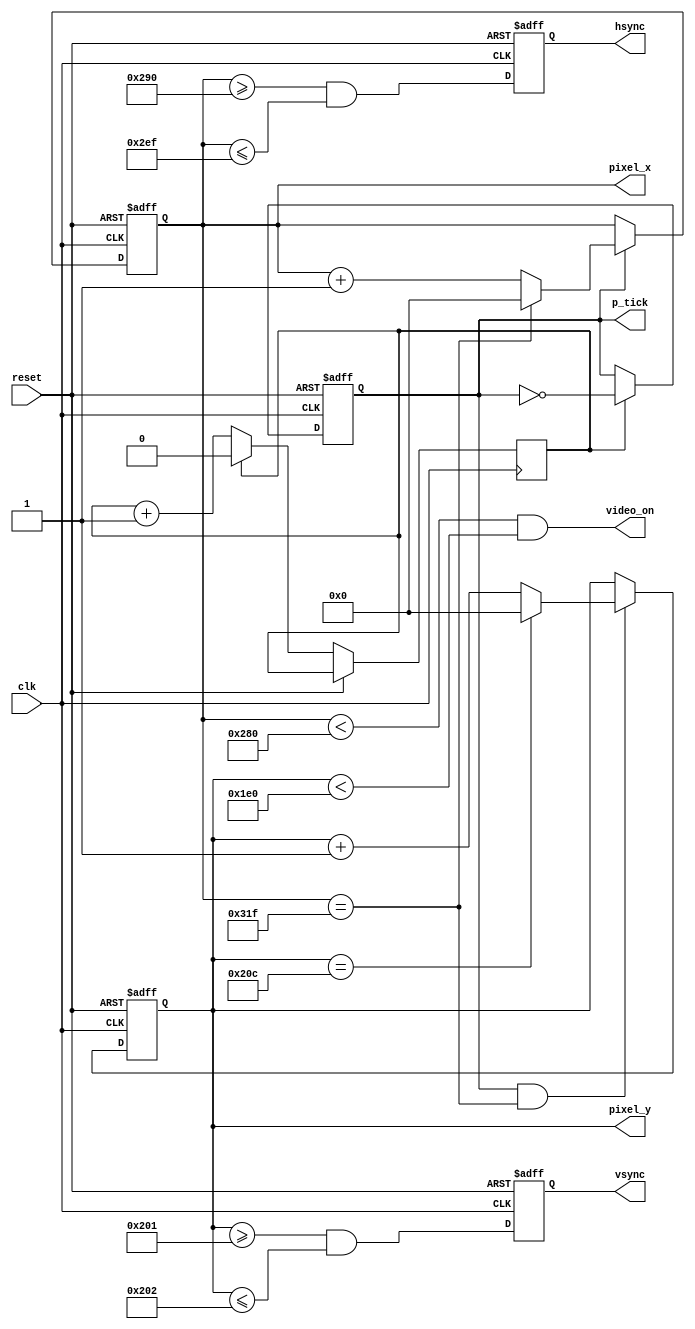
`timescale 1ns / 1ps
//////////////////////////////////////////////////////////////////////////////////
// Company: 
// Engineer: 
// 
// Design Name: 
// Module Name: vga_sync
// Project Name: 
// Target Devices: 
// Tool Versions: 
// Description: 
// 
// Dependencies: 
// 
// Revision:
// Revision 0.01 - File Created
// Additional Comments:
// 
//////////////////////////////////////////////////////////////////////////////////


module vga_sync(
    input wire clk, reset, 
    output wire hsync, vsync, video_on, p_tick, 
    output wire [9:0] pixel_x, pixel_y // muestran la posicin actual de los pixeles
   );
   // hsync es el tiempo necesario para todos los pixeles de una linea horizontal
   // vsync es el tiempo necesario para generar todas las lneas de una pantalla Entera

   // constant declaration
   // VGA 640-by-480 sync parameters
   localparam HD = 640; // horizontal display area
   localparam HF = 48 ; // h. front (left) border
   localparam HB = 16 ; // h. back (right) border
   localparam HR = 96 ; // h. retrace
   localparam VD = 480; // vertical display area
   localparam VF = 10;  // v. front (top) border
   localparam VB = 33;  // v. back (bottom) border
   localparam VR = 2;   // v. retrace

   // sync counters
   reg [9:0] h_count_reg, h_count_next; // registros para el contador horizontal
   reg [9:0] v_count_reg, v_count_next; // resgustros para el contador vertical
   // output buffer // buffer de salida para disminuir glitches y esto permite retrazar la seal de clk un ciclo 
   reg v_sync_reg, h_sync_reg;
   wire v_sync_next, h_sync_next;
   // status signal // Esto nos permite saber cuando la exploracin horizontal y vertical se ha completado
   wire h_end, v_end;
   reg pixel_tick;// Almacena los 25MHz

   // body
   // registers
   
   always @(posedge clk, posedge reset) // siempre que haya un flanco positivo de reloj y un flaco positivo de reset
      if (reset)
         begin// me asigna valor por defecto de cero
            v_count_reg <= 0;
            h_count_reg <= 0;
            v_sync_reg <= 1'b0;
            h_sync_reg <= 1'b0;
         end
      else
         begin
          
            v_count_reg <= v_count_next;
            h_count_reg <= h_count_next;
            v_sync_reg <= v_sync_next;
            h_sync_reg <= h_sync_next;
         end



// Divisor de Frecuencia de 100 a 25 MHz

reg  divcounter = 0; // contador para el divisor de frecuencia 

//-- Contador mdulo 4

always @(posedge clk, posedge reset)
  begin
    if (reset) pixel_tick <= 1'b0; 
    else if (divcounter == 1) 
        begin
        divcounter <= 0;
        pixel_tick <=~pixel_tick; // si el contador ha llehado a 1 entonces invierta la seal
        end
    else divcounter <= divcounter + 1;
    end

   // status signals // en estas lineas toman valores de 1 o 0, para indicar si la exploracin se ha compltado
   // end of horizontal counter (799)
   assign h_end = (h_count_reg==(HD+HF+HB+HR-1));
   // end of vertical counter (524)
   assign v_end = (v_count_reg==(VD+VF+VB+VR-1));

   // next-state logic of mod-800 horizontal sync counter
   always @*
      if (pixel_tick)  // 25 MHz pulse
         if (h_end) // si la exploracion vertical se complet
            h_count_next = 0; //ponga el contador horizontal en cero
         else
            h_count_next = h_count_reg + 1; // si no siga contando
      else
         h_count_next = h_count_reg; 

   // next-state logic of mod-525 vertical sync counter
   always @* // si hay un pulso de reloj positivo y la exploracin vertical ha terminado entonces ponga vcount next en cero
      if (pixel_tick & h_end)
         if (v_end)
            v_count_next = 0;
         else
            v_count_next = v_count_reg + 1;
      else
         v_count_next = v_count_reg;

   // horizontal and vertical sync, buffered to avoid glitch
   // h_sync_next asserted between 656 and 751
   assign h_sync_next = (h_count_reg>=(HD+HB) &&
                         h_count_reg<=(HD+HB+HR-1));
   // vh_sync_next asserted between 490 and 491
   assign v_sync_next = (v_count_reg>=(VD+VB) &&
                         v_count_reg<=(VD+VB+VR-1));

   // video on/off
   assign video_on = (h_count_reg<HD) && (v_count_reg<VD); // nos mantine la seal en alto si nos encontramos en la zona de display

   // output
   assign hsync = h_sync_reg;
   assign vsync = v_sync_reg;
   assign pixel_x = h_count_reg;
   assign pixel_y = v_count_reg;
   assign p_tick = pixel_tick;

endmodule